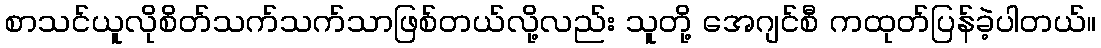
စာသင်ယူလိုစိတ်သက်သက်သာဖြစ်တယ်လို့လည်း သူတို့ အေဂျင်စီ ကထုတ်ပြန်ခဲ့ပါတယ်။